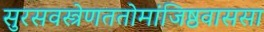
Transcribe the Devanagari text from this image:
सुरसवस्त्रेणततोमांजिष्ठवाससा